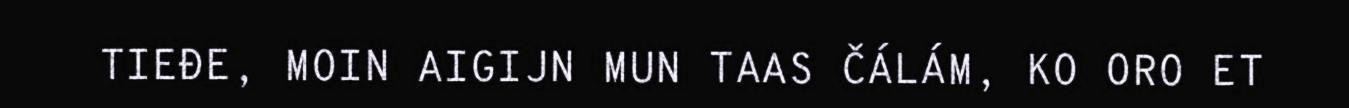
TIEĐE, MOIN AIGIJN MUN TAAS ČÁLÁM, KO ORO ET